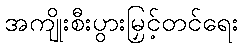
အကျိုးစီးပွားမြှင့်တင်ရေး